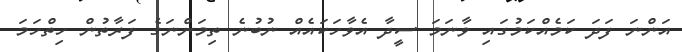
އަންނަ ފަދަ ކަމެއްކަމުގައި ވާނަމަ ސީދާ އެވާހަކައެއް ނުބުނެ ތިމަންނަގެ ފަރާތުން ހިތްހަމަ